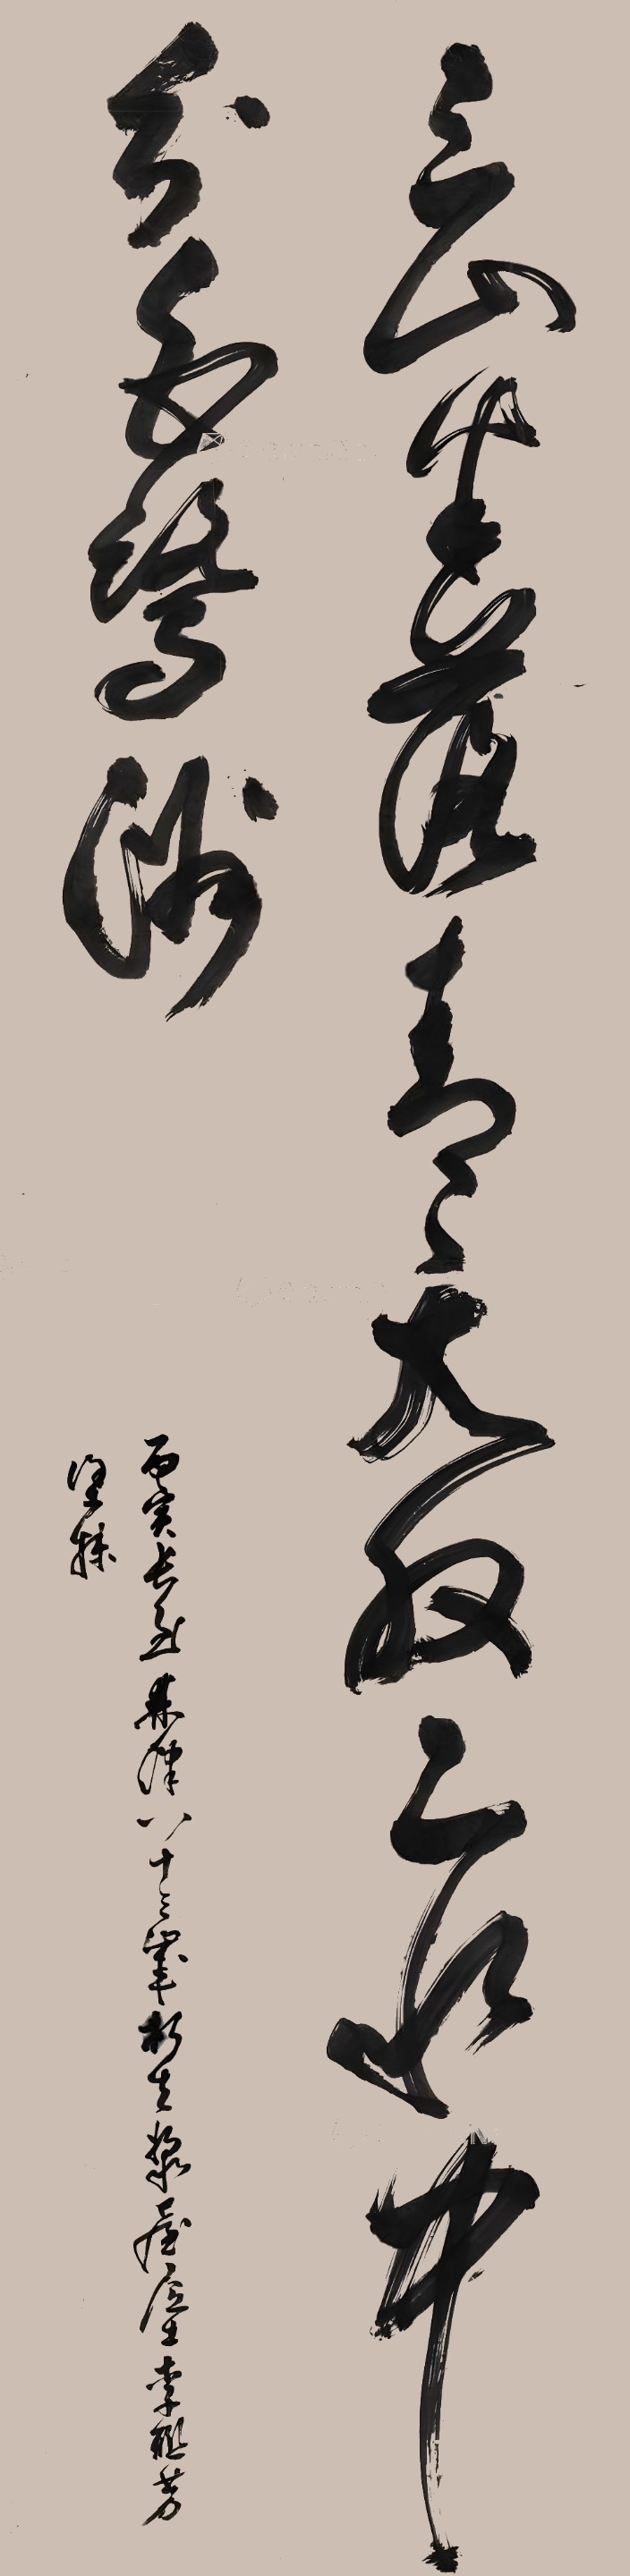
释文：三山半落青天外，二水中分白鹭洲。丙寅长至，棘津八十三岁朽生浆台居士李联芳涂抹。